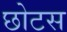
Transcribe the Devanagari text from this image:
छोटस